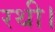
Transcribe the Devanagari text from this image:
रथी।